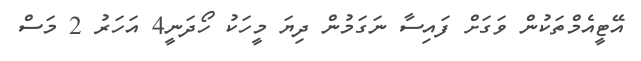
އޭޓީއެމްތަކުން ވަގަށް ފައިސާ ނަގަމުން ދިޔަ މީހަކު ހޯދަނީ4 އަހަރު 2 މަސް